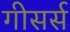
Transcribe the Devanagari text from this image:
गीसर्स